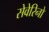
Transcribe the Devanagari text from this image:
सेवेरिनो